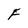
Character: F